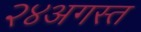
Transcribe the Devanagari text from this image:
२४अगस्त